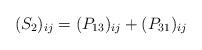
LaTeX: \begin{align*}(S_2)_{ij} = (P_{13})_{ij} + (P_{31})_{ij}\end{align*}